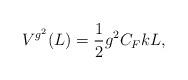
LaTeX: \begin{align*}V^{g^2}(L) = \frac{1}{2}g^2 C_F k L, \end{align*}